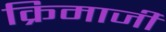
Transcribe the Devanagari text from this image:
क्रिमाजी